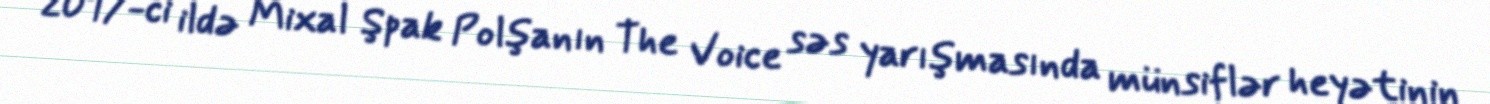
2017-ci ildə Mixal Şpak Polşanın The Voice səs yarışmasında münsiflər heyətinin